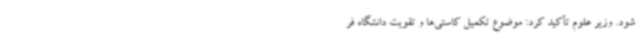
شود. وزیر علوم تأکید کرد: موضوع تکمیل کاستی‌ها و تقویت دانشگاه فر